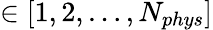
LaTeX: \in[1,2,\dots,N_{phys}]